Annual report on the working of the mental hospitals in the Madras Presidency - 1912-1932
Year: 1912
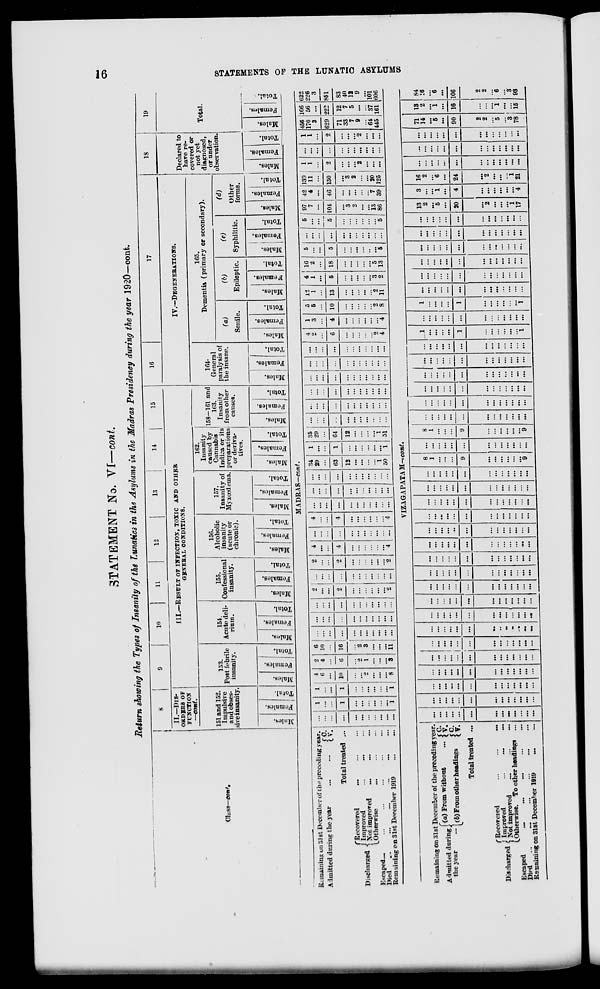
16
STATEMENTS OF THE LUNATIC ASYLUMS
STATEMENT No. VI— cont.
Return showing the Types of Insanity of the Lunatics in the Asylums in the Madras Presidency during the year 1920—cont.
Class—cont.
8
II.—DIS-
------ OF
FUNCTION
—cont.
151 and 152.
Impulsive
and obses-
sive insanity.
Males.
Females.
Total.
9
10
11
12
13
14
15
III.—RESULT OF INFECTION, TOXIC AND OTHER
GENERAL CONDITIONS.
153.
Post febrile
insanity.
Males.
Females.
Total.
154.
Acute deli-
rium.
Males.
Females.
Total.
155.
Confessional
insanity.
Males.
Females.
Total.
156.
Alcoholic
insanity
(acute or
chronic).
Males.
Females.
Total.
157.
Insanity of
Myxœdema.
Males.
Females.
Total.
162.
Insanity
caused by
Cannabis
Indica or its
preparations
or deriva-
tives.
Males.
Females.
Total.
158-161 and
163.
Insanity
from other
causes.
Males.
Females.
Total.
16
17
IV.—DEGENERATIONS.
164.
General
paralysis of
the insane.
Males.
Females.
Total.
165.
Dementia (primary or secondary).
(a)
Senile.
Males.
Females.
Total.
(b)
Epileptic.
Males.
Females.
Total.
(c)
Syphilitic.
Males.
Females.
Total.
(d)
Other
forms.
Males.
Females.
Total.
18
Declared to
have re-
covered or
not yet
diagnosed,
or under
observation.
Males.
Females.
Total.
19
Total.
Males.
Females.
Total.
MADRAS-cont.
Remaining on 31st December of the preceding year.
Admitted during the year ... ...
C.
V.
Total treated ...
Discharged
Recovered
...
...
...
Improved ... ... ...
Not improved ... ... ...
Otherwise ... ... ...
Escaped ... ... ... ... ... ...
Died ... ... ... ... ... ...
Remaining on 31st December 1919 ... ...
...
...
...
...
...
...
...
...
...
...
...
1
...
...
1
...
...
...
...
...
...
1
1
...
...
1
...
...
...
...
...
...
1
4
6
...
10
...
...
2
...
...
...
8
2
4
...
6
...
2
1
...
...
...
3
6
10
...
16
...
2
3
...
...
...
11
...
...
...
...
...
...
...
...
...
...
...
...
...
...
...
...
...
...
...
...
...
...
...
...
...
...
...
...
...
...
...
...
...
2
...
...
2
...
...
...
...
...
...
2
...
...
...
...
...
...
...
...
...
...
...
2
...
...
2
...
...
...
...
...
...
2
4
...
...
4
...
...
...
...
...
...
4
...
...
...
...
...
...
...
...
...
...
...
4
...
...
4
...
...
...
...
...
...
4
...
...
...
...
...
...
...
...
...
...
...
...
...
...
...
...
...
...
...
...
...
...
...
...
...
...
...
...
...
...
...
...
...
34
29
...
63
12
...
...
...
...
1
50
1
...
...
1
...
...
...
...
...
...
1
35
29
...
64
12
...
...
...
...
1
51
...
...
...
...
...
...
...
...
...
...
...
...
...
...
...
...
...
...
...
...
...
...
...
...
...
...
...
...
...
...
...
...
...
...
...
...
...
...
...
...
...
...
...
...
...
...
...
...
...
...
...
...
...
...
...
...
...
...
...
...
...
...
...
...
...
...
4
2
...
6
...
...
...
...
...
2
4
1
3
...
4
...
...
...
...
...
...
4
5
5
...
10
...
...
...
...
...
2
8
12
1
...
13
...
...
...
...
...
2
11
4
1
...
5
...
...
...
...
...
3
2
16
2
...
18
...
...
...
...
...
5
13
5
...
...
5
...
...
...
...
...
...
5
...
...
...
...
...
...
...
...
...
...
...
5
...
...
5
...
...
...
...
...
...
5
97
7
...
104
...
3
2
...
...
13
86
42
4
...
46
...
...
...
...
...
7
39
139
11
...
150
...
3
2
...
...
20
125
1
1
...
2
...
...
...
2
...
...
...
...
...
...
...
...
...
...
...
...
...
...
1
1
...
2
...
...
...
2
...
...
...
456
170
3
629
71
33
7
9
...
64
445
166
56
...
222
12
7
5
...
...
37
161
622
226
3
851
83
40
12
9
...
101
606
VIZAGAPATAM—cont.
Remaining on 31st December of the preceding year.
Admitted during
the year ...
(a) From without ...
(b)
From other headings
C.
V.
C.
V.
Total treated ...
Discharged
Recovered
...
...
...
Improved
... ... ...
Not improved
... ... ...
Otherwise. To other headings ...
Escaped
...
...
...
...
...
Died ... ... ... ... ... ...
Remaining on 31st December 1919 ... ...
...
...
...
...
...
...
...
...
...
...
...
...
...
...
...
...
...
...
...
...
...
...
...
...
...
...
...
...
...
...
...
...
...
...
...
...
...
...
...
...
...
...
...
...
...
...
...
...
...
...
...
...
...
...
...
...
...
...
...
...
...
...
...
...
...
...
...
...
...
...
...
...
...
...
...
...
...
...
...
...
...
...
...
...
...
...
...
...
...
...
...
...
...
...
...
...
...
...
...
...
...
...
...
...
...
...
...
...
...
...
...
...
...
...
...
...
...
...
...
...
...
...
...
...
...
...
...
...
...
...
...
...
...
...
...
...
...
...
...
...
...
...
...
...
...
...
...
...
...
...
...
...
...
...
...
...
...
...
...
...
...
...
...
...
...
...
...
...
...
...
...
...
...
...
...
...
...
...
...
...
...
...
...
...
...
...
...
...
...
...
...
...
...
...
...
...
...
...
...
...
...
...
...
...
...
...
...
...
...
...
...
...
...
...
...
...
...
...
...
...
...
...
...
...
...
...
...
...
...
...
...
...
...
...
8
1
...
...
...
9
...
...
...
...
...
...
9
...
...
...
...
...
...
...
...
...
...
...
...
...
8
1
...
...
...
9
...
...
...
...
...
... 9
...
...
...
...
...
...
...
...
...
...
...
...
...
...
...
...
...
...
...
...
...
...
...
...
...
...
...
...
...
...
...
...
...
...
...
...
...
...
...
...
...
...
...
...
...
...
...
...
...
...
...
...
...
...
...
...
...
...
...
...
...
...
...
...
...
...
...
...
...
...
...
...
...
...
...
...
...
...
1
...
...
...
...
1
...
...
...
...
...
...
1
...
...
...
...
...
...
...
...
...
...
...
...
...
1
...
...
...
...
1
...
...
...
...
...
... 1
...
...
...
...
...
...
...
...
...
...
...
...
...
...
...
...
...
...
...
...
...
...
...
...
...
...
...
...
...
...
...
...
...
...
...
...
...
...
...
...
...
...
...
...
...
...
...
...
...
...
...
...
...
...
...
...
...
...
...
...
...
...
...
...
...
...
...
...
...
...
...
...
...
...
...
...
...
...
13
2
...
5
...
20
...
2
...
...
...
1
17
3
...
...
1
...
4
...
...
...
...
...
...
4
16
2
...
6
...
24
...
2
...
...
...
1
21
...
...
...
...
...
...
...
...
...
...
...
...
...
...
...
...
...
...
...
...
...
...
...
...
...
...
...
...
...
...
...
...
...
...
...
...
...
...
...
71
14
...
5
...
90
2
2
...
5
...
3
78
13
2
...
1
...
16
...
...
...
1
...
...
15
84
16
...
6
...
106
2
2
...
6
...
3
93